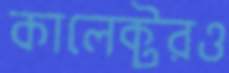
কালেক্টরও